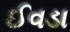
ઈવડા